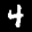
Label: 4